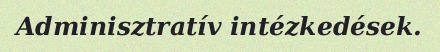
Adminisztratív intézkedések.